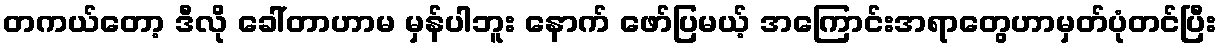
တကယ်တော့ ဒီလို ခေါ်တာဟာမ မှန်ပါဘူး နောက် ဖော်ပြမယ့် အကြောင်းအရာတွေဟာမှတ်ပုံတင်ပြီး